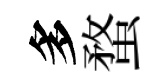
多蝥